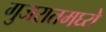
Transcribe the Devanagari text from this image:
गुजरातमघ्ये